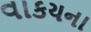
વાકયના